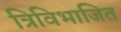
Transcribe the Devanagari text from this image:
त्रिविभाजित